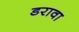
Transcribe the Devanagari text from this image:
डरावा